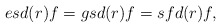
\begin{align*} esd(r)f=gsd(r)f=sfd(r)f,\end{align*}